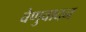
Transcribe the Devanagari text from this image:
वेणुवादन